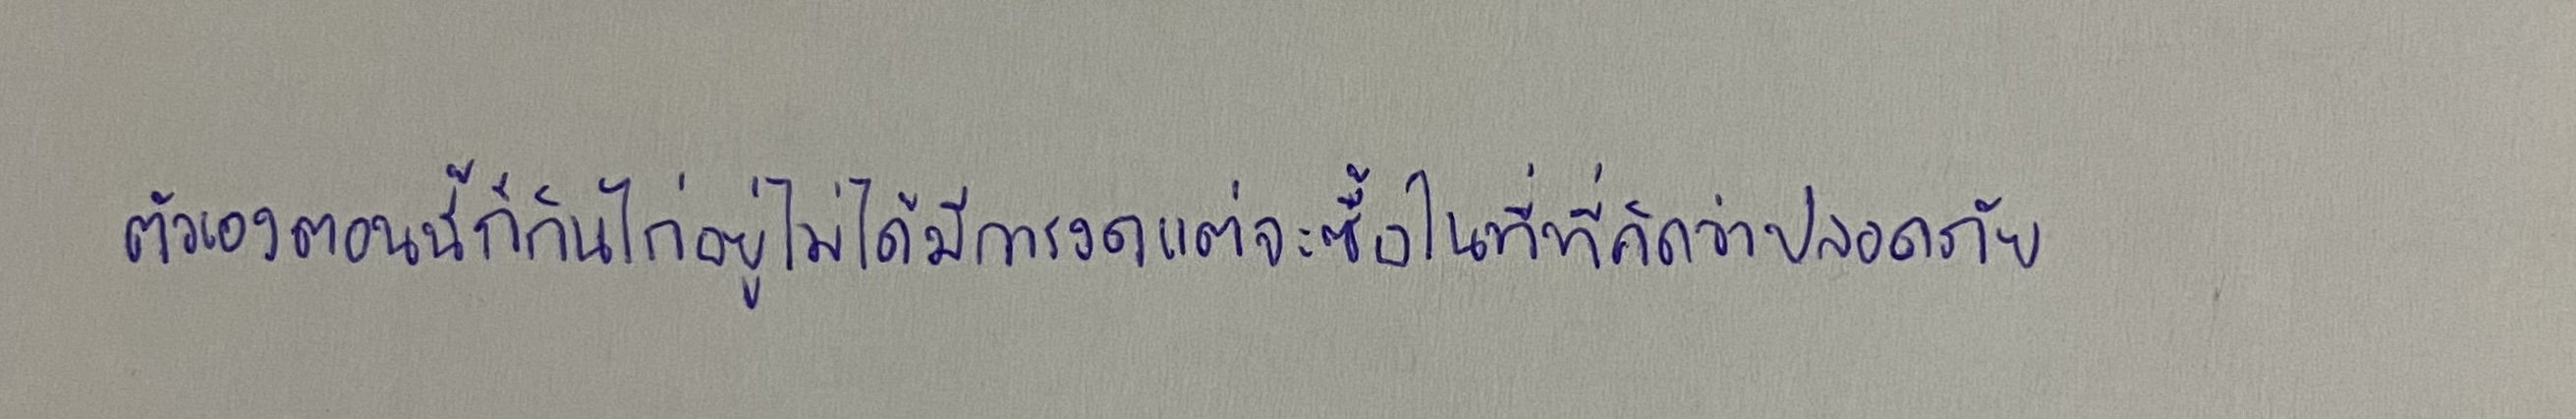
ตัวเองตอนนี้ก็กินไก่อยู่ไม่ได้มีการงดแต่จะซื้อในที่ที่คิดว่าปลอดภัย